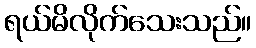
ရယ်မိလိုက်သေးသည်။